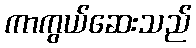
ကာကွယ်ဆေးသည်